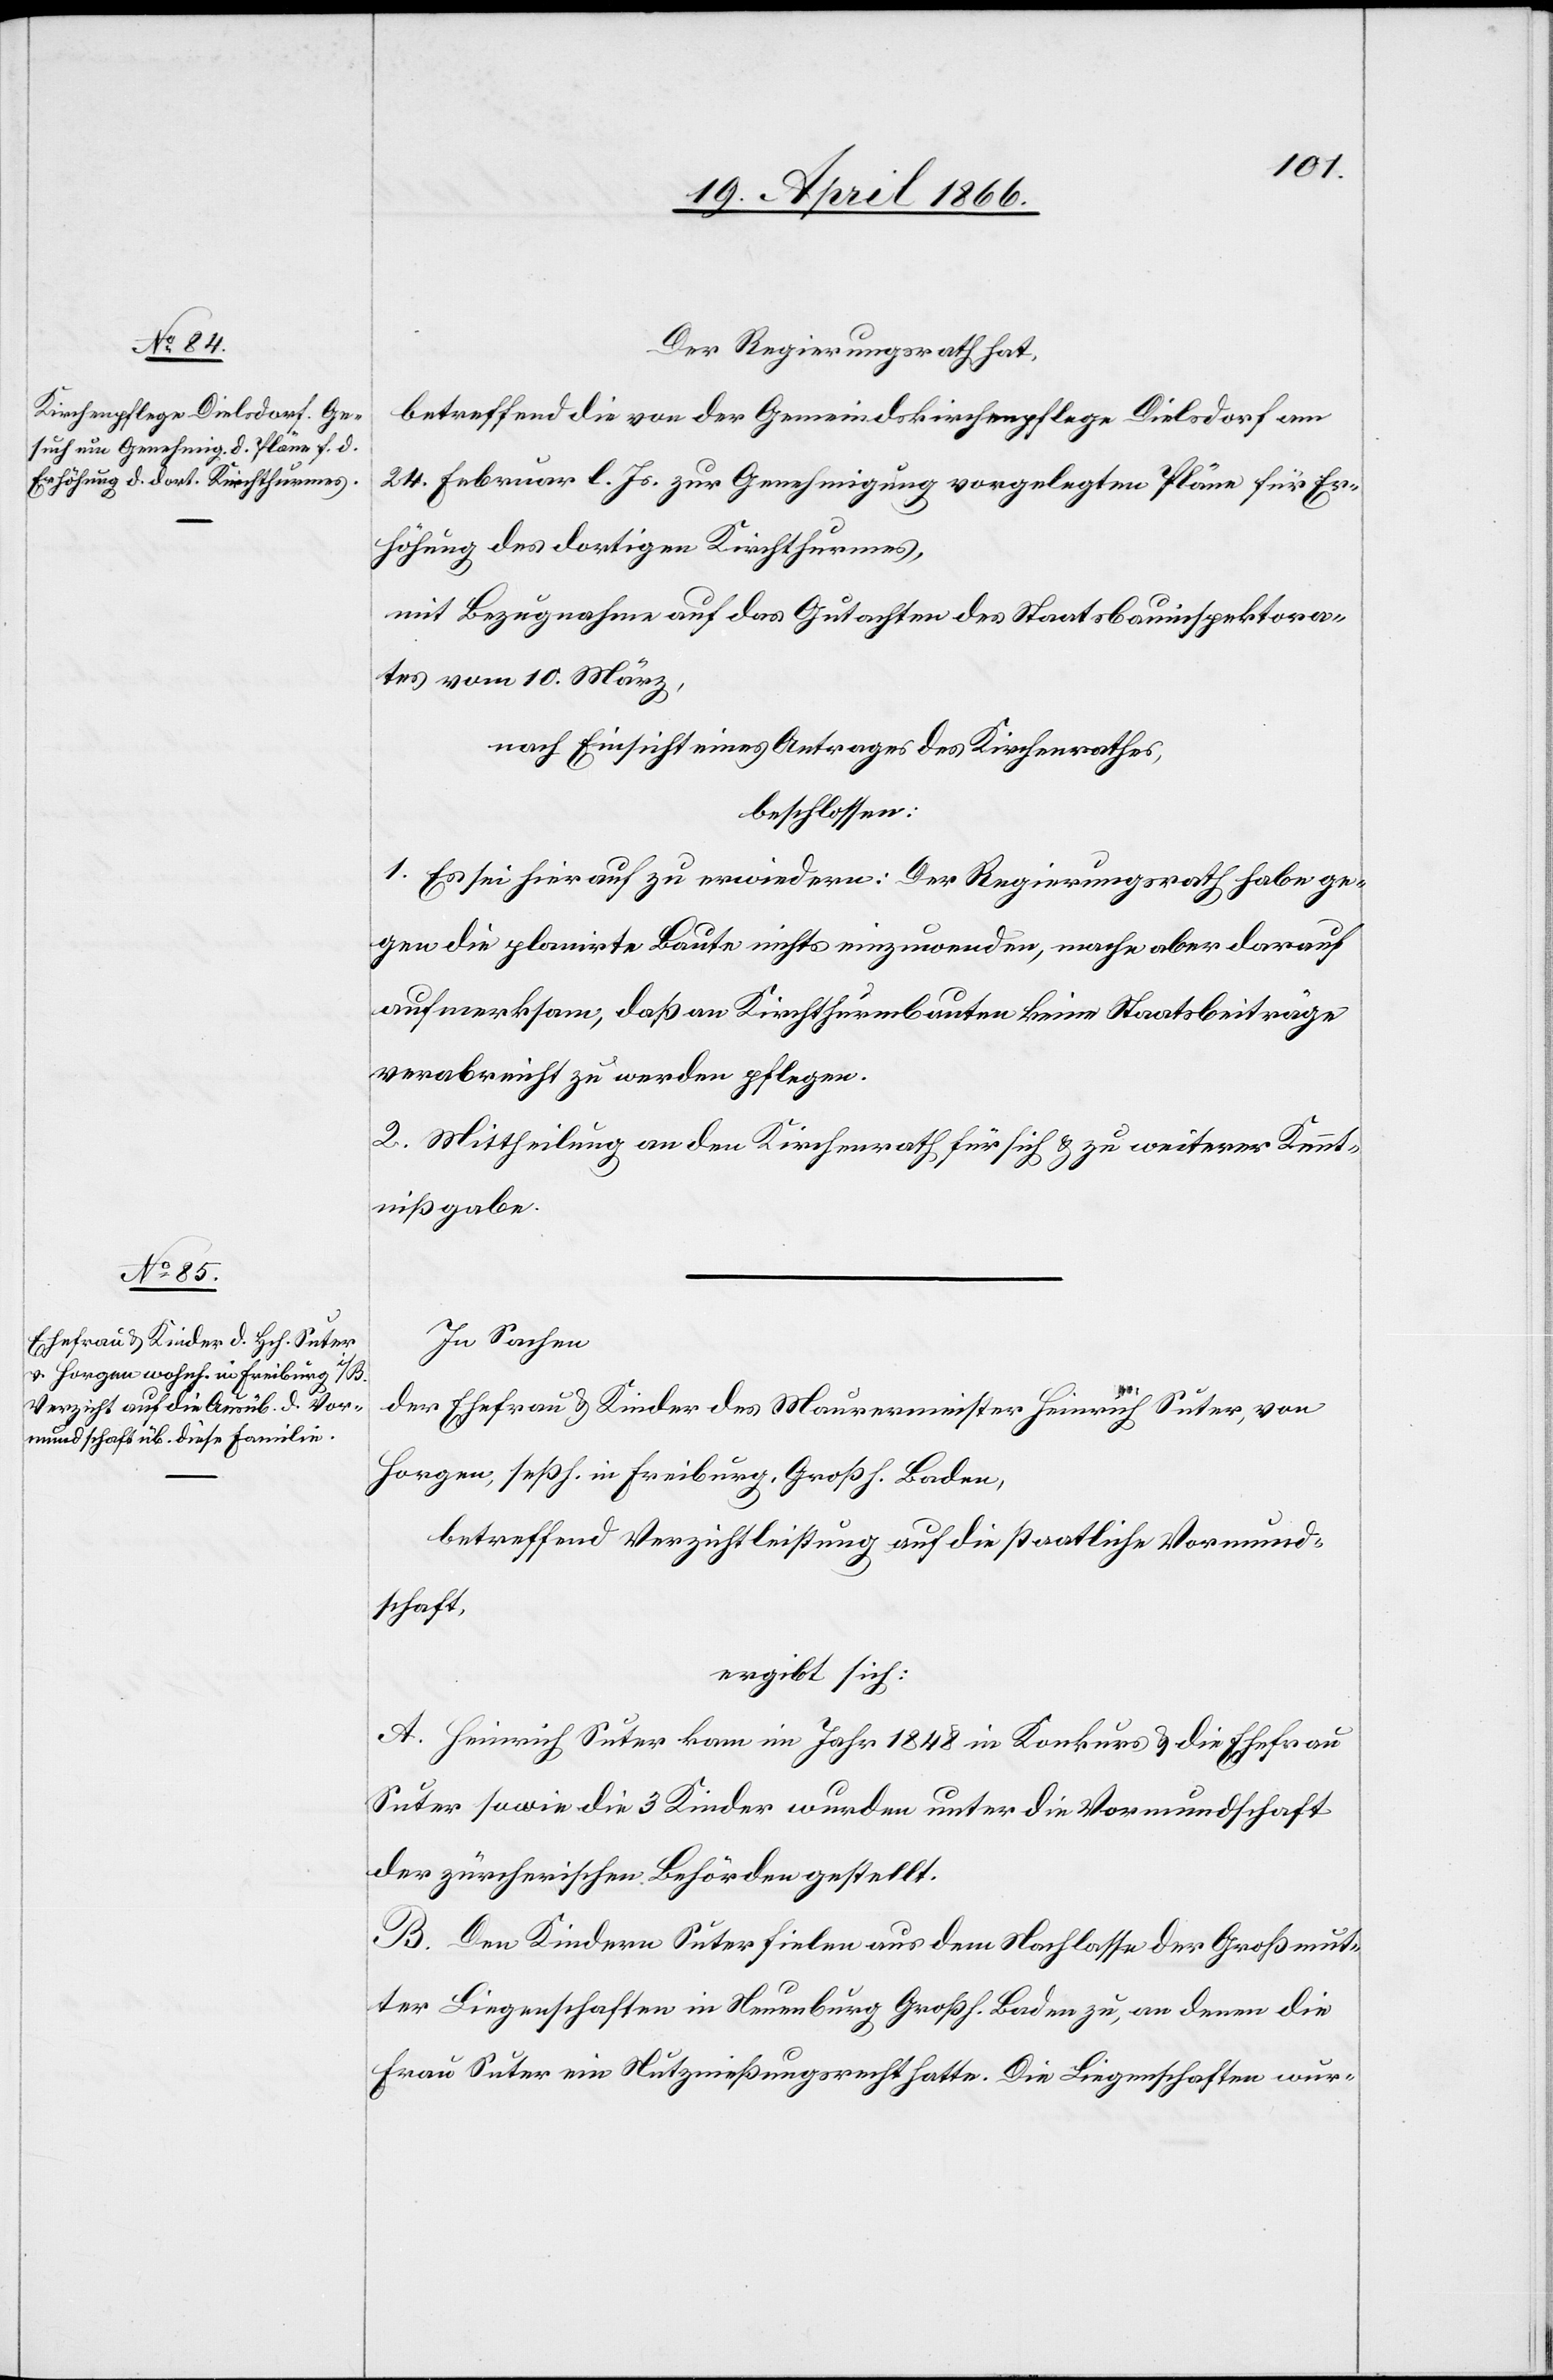
Der Regierungsrath hat,
betreffend die von der Gemeindskirchenpflege Dielsdorf am
24. Februar l. Js. zur Genehmigung vorgelegten Pläne für Er¬
höhung des dortigen Kirchthurmes,
mit Bezugnahme auf das Gutachten des Staatsbauinspektora¬
tes vom 10. März,
nach Einsicht eines Antrages des Kirchenrathes,
beschlossen:
1. Es sei hier auf zu erwiedern: Der Regierungsrath habe ge¬
gen die planirte Baute nichts einzuwenden, mache aber darauf
aufmerksam, daß an Kirchthurmbauten keine Staatsbeiträge
verabreicht zu werden pflegen.
2. Mittheilung an den Kirchenrath für sich u. zu weiterer Kennt¬
nißgabe.
In Sachen
der Ehefrau u. Kinder des Maurermeisters Heinrich Suter, von
Horgen, seßh. in Freiburg, Großh. Baden,
betreffend Verzichtleistung auf die staatliche Vormund¬
schaft,
ergibt sich:
A. Heinrich Suter kam im Jahr 1848 in Konkurs u. die Ehefrau
Suter sowie die 3 Kinder wurden unter die Vormundschaft
der zürcherischen Behörden gestellt.
B. Den Kindern Suter fielen aus dem Nachlasse der Großmut¬
ter Liegenschaften in Neuenburg Großh. Baden zu, an denen die
Frau Suter ein Nutznießungsrechte hatte. Die Liegenschaften wur-